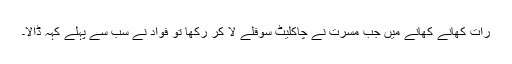
رات کھانے کھانے میں جب مسرت نے چاکلیٹ سوفلے لا کر رکھا تو فواد نے سب سے پہلے کہہ ڈالا۔